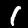
Label: 1